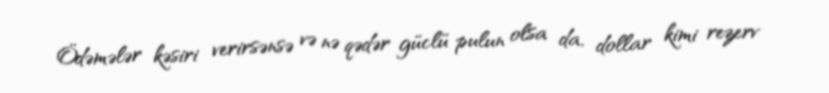
Ödəmələr kəsiri verirsənsə və nə qədər güclü pulun olsa da, dollar kimi rezerv